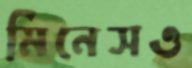
মিনেসও